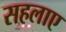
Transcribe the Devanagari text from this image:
सहलाए